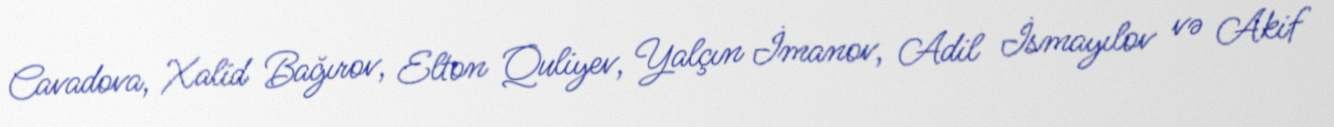
Cavadova, Xalid Bağırov, Elton Quliyev, Yalçın İmanov, Adil İsmayılov və Akif